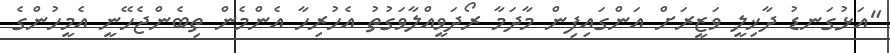
"އަޅުގަނޑު ދާޚިލީ ވަޒީރަށް އަންގައިފިން މާދަމާ ރޯދަވީއްލާވަގުތު އެހުރިހާ އެންމެން ތިބެންޖެހޭނީ އެމީހުންގެ